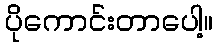
ပိုကောင်းတာပေါ့။